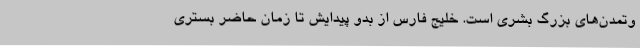
وتمدن‌های بزرگ بشری است. خليج فارس از بدو پیدایش تا زمان حاضر بستری